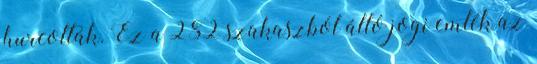
hurcolták. Ez a 282 szakaszból álló jogi emlék az